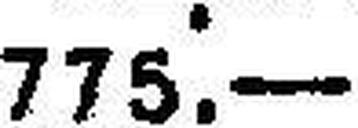
775.—